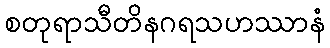
စတုရာသီတိနဂရသဟဿာနံ